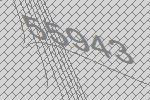
55943